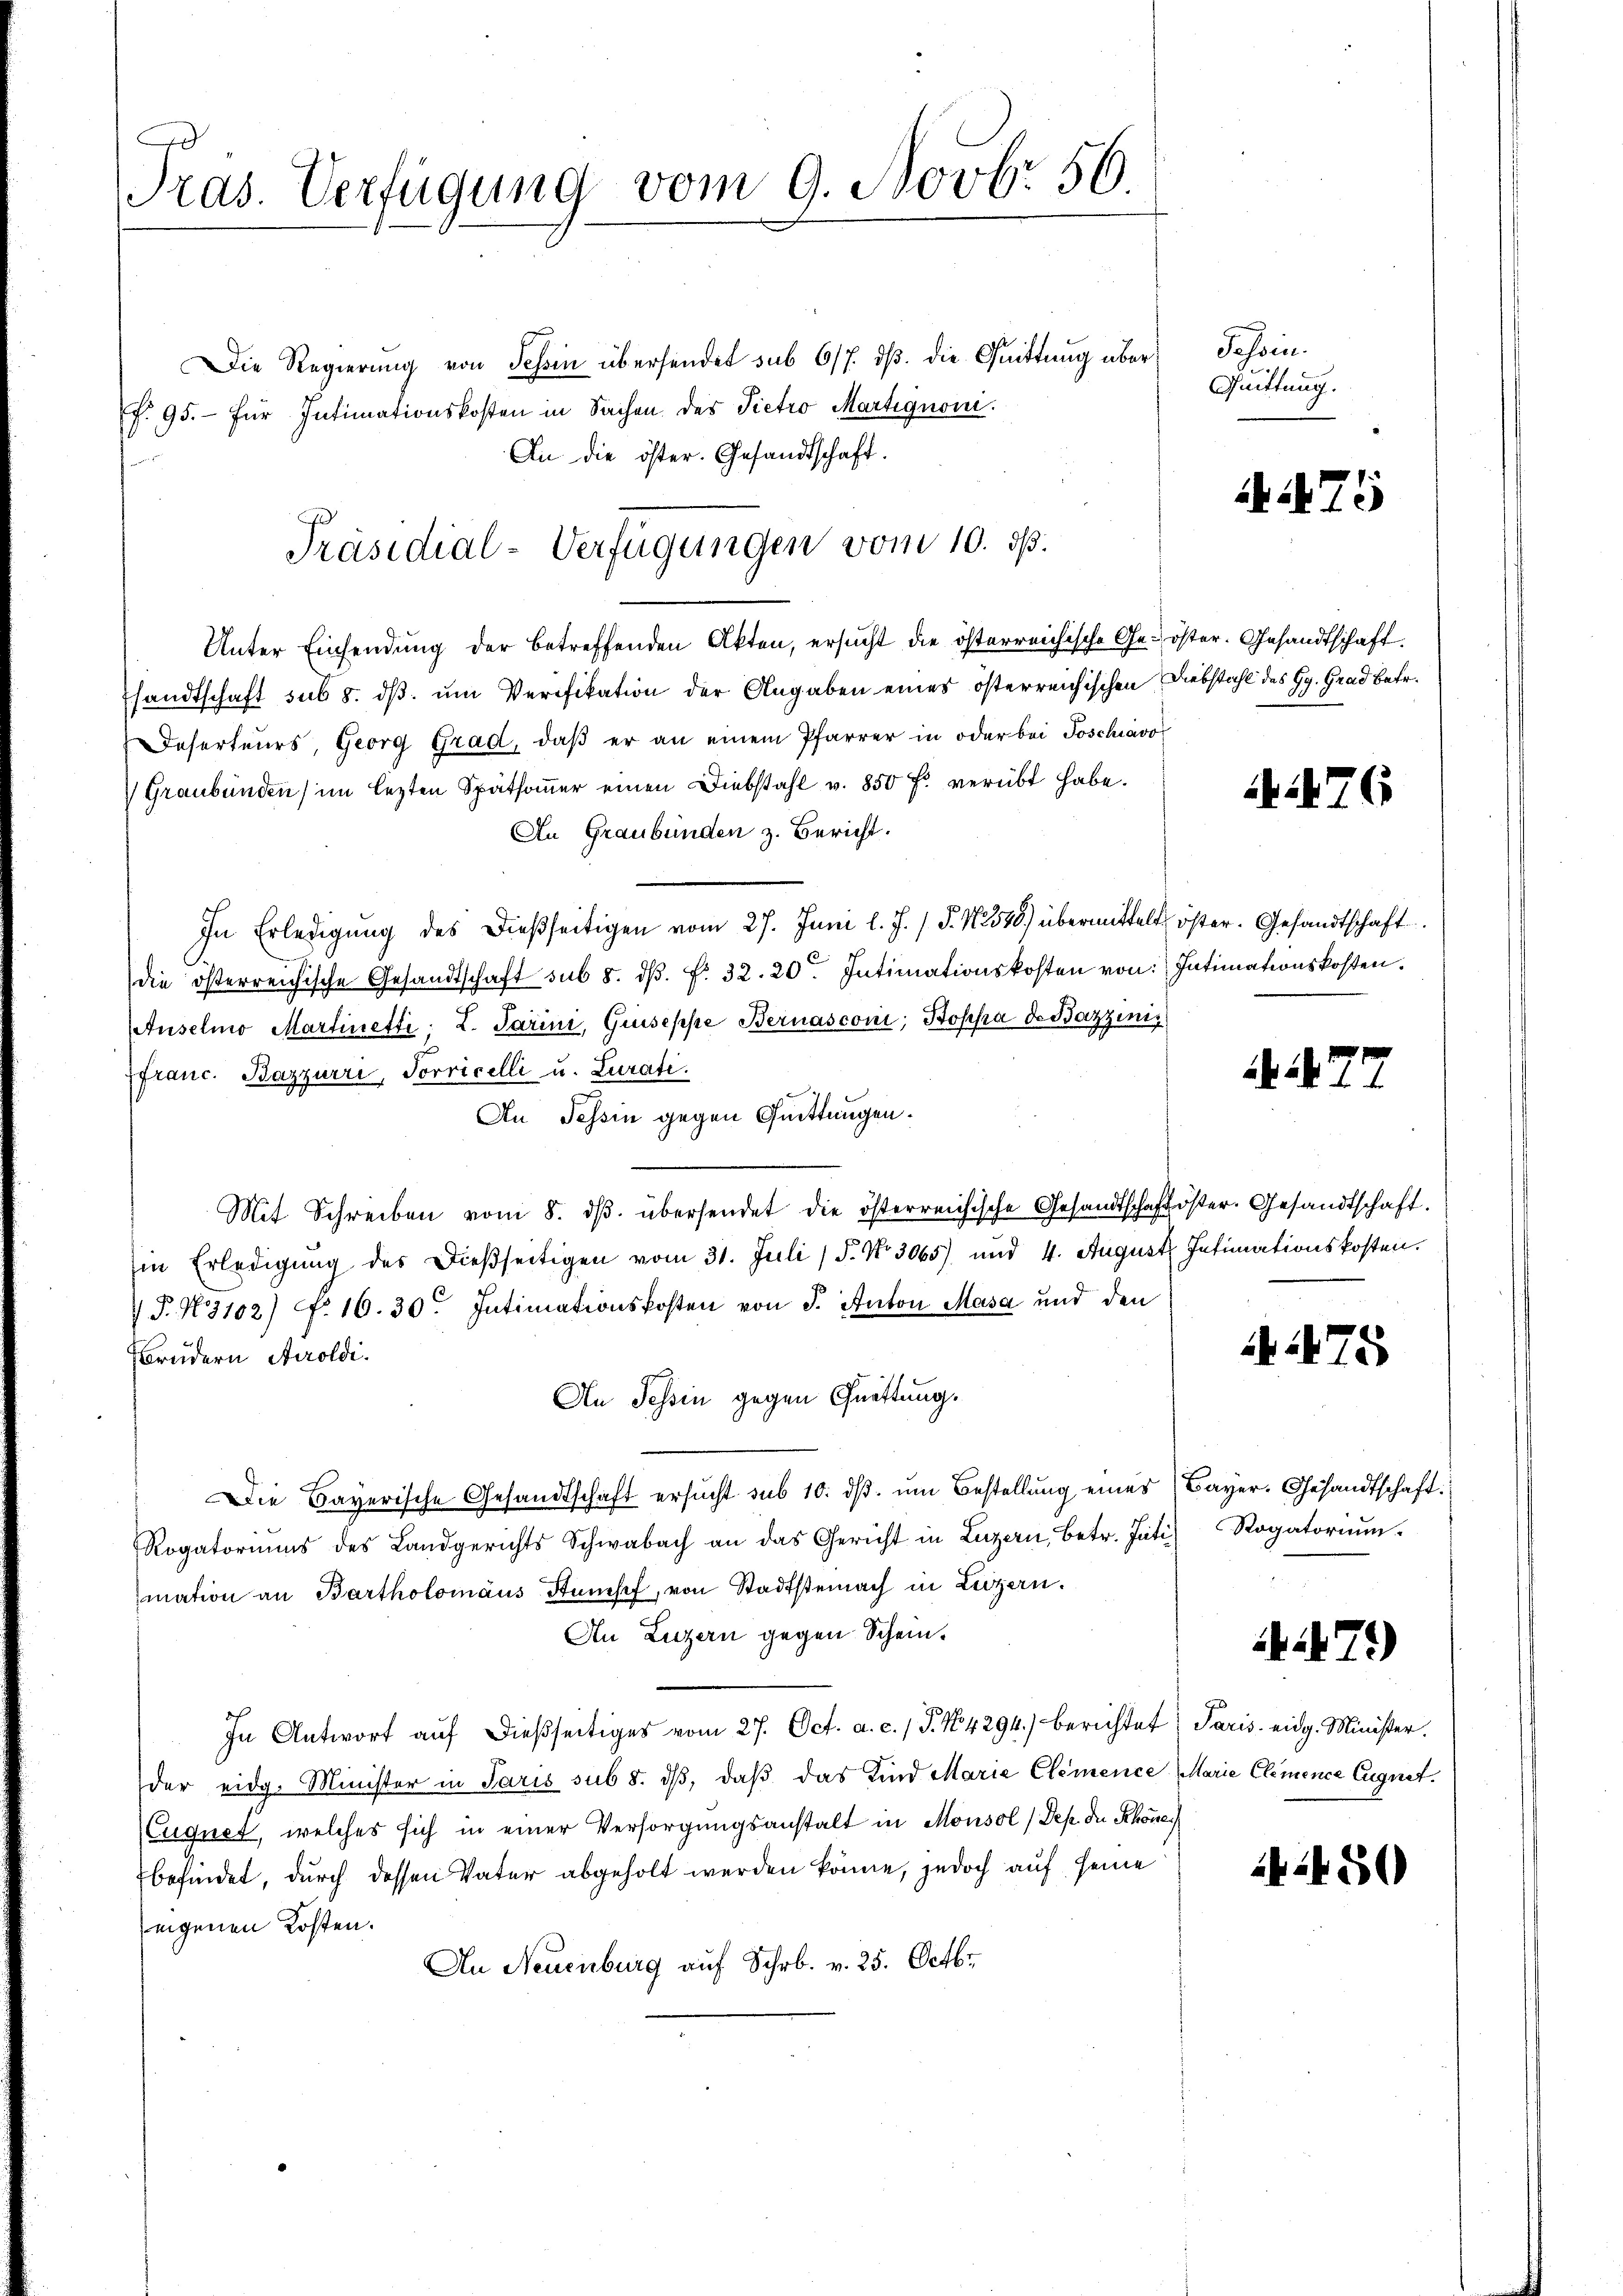
Pras. Verfügung vom 9. Novbr 56

Die Regierung von Tessin übersendet sub 6/7. dß die Quittung über
f. 95.- für Intimationskosten in Sachen des Pietro Martignoni.
An die öster. Gesandtschaft.

Unter Einsendŭng der betreffenden Akten, ersŭcht die österreichische Ge- öster. Gesandtschaft.
sandtschaft sub 5. dß. um Verifikation der Angaben eines österreichischen Diebstahl des Gg. Grad betr.
Deserteurs, Georg Grad, daβ er an einem Pfarrer in oder bei Poschiavo
Graubünden im lezten Späthoṁer einen Diebstahl v. 850 fl verübt habe.
An Graubünden z. Bericht.
In Erledigung des dießseitigen vom 27. Juni l. J. (T. N. 2548) übermittelt öster. Gesandtschaft
die österreichische Gesandtschaft sub 8. dβ. f. 32. 20. Intimationskosten von:
Auselmo Martinetti. L. Parini, Giuseppe Bernasconi, Boppa de Bazzinis
franc. Bazzurri, Sorricelli u. Zurati
An Tessin gegen Quittungen.
Mit Schreiben vom 8. dβ übersendet die österreichische Gesandtschaftöster. Gesandtschaft.
in Erledigŭng des dießseitigen vom 31. Juli / 5. No. 3065) und 4. August Intimationskosten.
V. P. N. 3102) N. 16. 30. Intimationskosten von J. Anton Masa und den
Bbrüdern Airoldi.
An Tessin gegen Quittung.
Die Bayerische Gesandtschaft ersucht sub 10. dß. um Bestellung eines
Rogatoriums des Landgerichts Schwabach an das Gericht in Luzern, betr. Inti Rogatoriŭm.
mation an Bartholomäus Stampf, von Stadtsteinach in Luzern.
An Luzern gegen Schein.
In Antwort aŭf dießseitiges vom 27. Oct. a. c. 1 S. 14294) berichtet, Paris eidg. Minister.
der eidg. Minister in Paris sub 8. dβ, daβ das Kind Marie Clemence Marie Clemence Eugnet.
(Euquet, welches sich in einer Versorgungsanstalt in Monsol/Dep. die Schöner
befindet, durch dessen Vater abgeholt werden könne, jedoch auf seine
zeigenen Kosten.
An Neuenburg auf Schr. v. 25. Octbr.

Präsidial-Verfügungen vom 10. ds.

Tessin.
Quittung.

A 476

7

5

Intimationskosten.

475

Bayer. Gesandtschaft.

479)

250